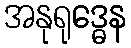
အနုရုဒ္ဓေန